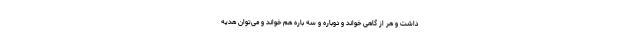
داشت و هر از گاهی خواند و دوباره و سه باره هم خواند و می‌توان هدیه